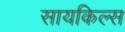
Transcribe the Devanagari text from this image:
सायकिल्स